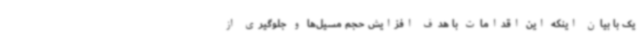
یک با بیان اینکه این اقدامات با هدف افزایش حجم مسیل‌ها و جلوگیری از